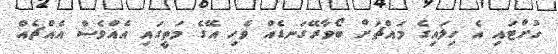
ހުށްޓައި އެ ހިލައިގެ މައްޗަށް ބޯވާރޭގަނޑެއް ވެހި އޭގެ މަތީގައި އެއްވެސް އެއްޗެއް